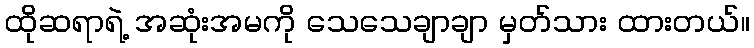
ထိုဆရာရဲ့ အဆုံးအမကို သေသေချာချာ မှတ်သား ထားတယ်။